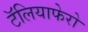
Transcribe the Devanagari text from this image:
टॅलियाफेरो